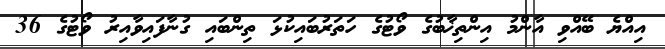
އިއްޔެ ބޭއްވި އާންމު އިންތިޚާބުގެ ވޯޓުގެ ހަތަރުބައިކުޅަ ތިންބައި ގުނާފައިވާއިރު ވޯޓުގެ 36